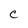
Character: C